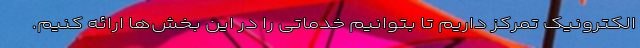
الکترونیک تمرکز داریم تا بتوانیم خدماتی را در این بخش‌ها ارائه کنیم.